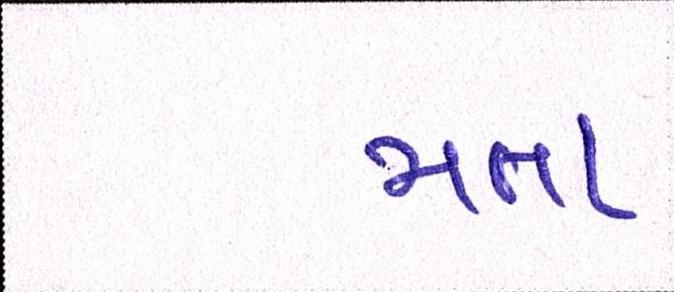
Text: મતા